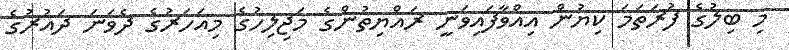
މި ބިލުގެ ފުރަތަމަ ކިޔުން އިއްވާފައިވަނީ ރައްޔިތުންގެ މަޖިލިހުގެ މިއަހަރުގެ ދެވަނަ ދައުރުގެ